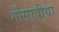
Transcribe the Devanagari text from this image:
गोसावीया